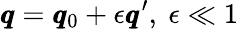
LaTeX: \pmb q=\pmb q_{0}+\epsilon\pmb q^{\prime},\ \epsilon\ll 1